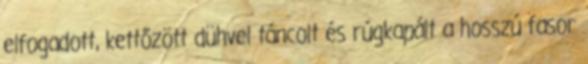
elfogadott, kettőzött dühvel táncolt és rúgkapált a hosszú fasor